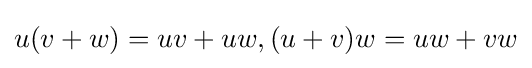
u(v+w)=uv+uw,(u+v)w=uw+vw